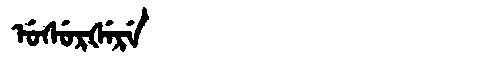
Manchu: ᡠᠰᡠᡵᡧᡝᡵᡝ
Romanization: USURŠERE